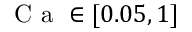
\mathrm { ~ C ~ a ~ } \in [ 0 . 0 5 , 1 ]